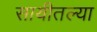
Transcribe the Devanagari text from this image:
सायीतल्या